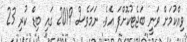
ވިއްކުމަށް ވަނީ ބަޖެޓުކޮށްފަ އެވެ. ނަމަވެސް 2019 ގައި ބިޑް ކުރި 23